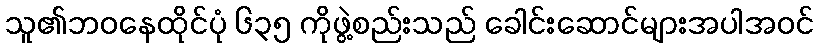
သူ၏ဘဝနေထိုင်ပုံ ၆၃၅ ကိုဖွဲ့စည်းသည် ခေါင်းဆောင်များအပါအဝင်